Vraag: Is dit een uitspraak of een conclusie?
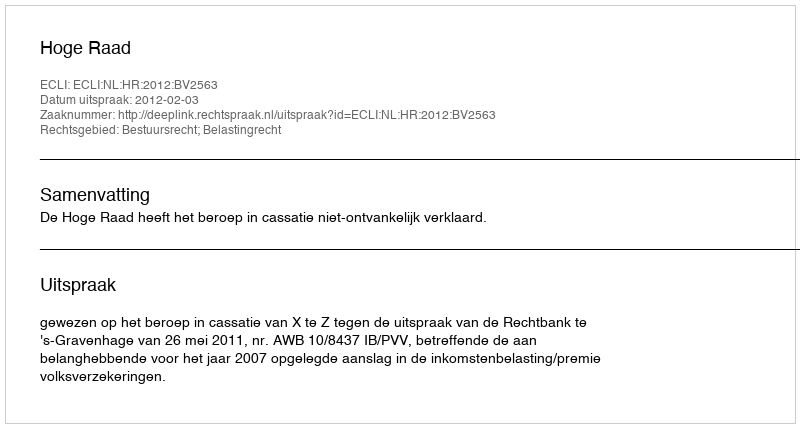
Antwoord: Uitspraak